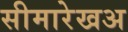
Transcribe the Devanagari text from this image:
सीमारेखअ